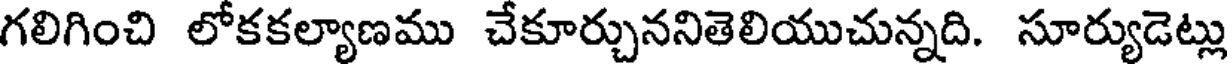
గలిగించి లోకకల్యాణము చేకూర్చుననితెలియుచున్నది. సూర్యుడెట్లు